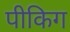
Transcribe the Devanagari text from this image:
पीकिग